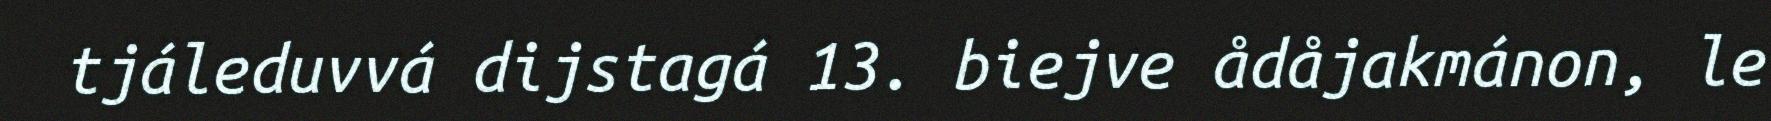
tjáleduvvá dijstagá 13. biejve ådåjakmánon, le